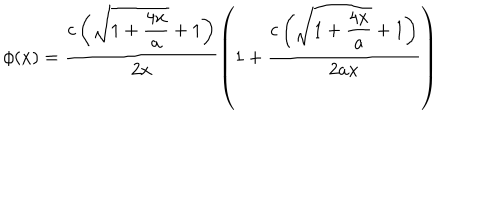
\phi ( x ) = \frac { \displaystyle c \left( \sqrt { 1 + \frac { 4 x } { a } } + 1 \right) } { \displaystyle 2 x } \left( 1 + \frac { \displaystyle c \left( \sqrt { 1 + \frac { 4 x } { a } } + 1 \right) } { \displaystyle 2 a x } \right)